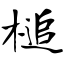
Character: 槌